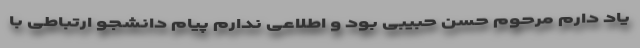
یاد دارم مرحوم حسن حبیبی بود و اطلاعی ندارم پیام دانشجو ارتباطی با